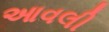
આવલી